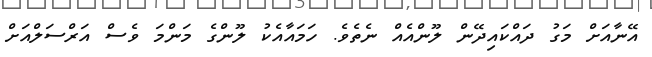
އޭނާއަށް މަގު ދައްކައިދޭން ލޫންއެއް ނެތެވެ. ހަމައާއެކު ލޫންގެ މަންމަ ވެސް އަރްސަލްއަށް